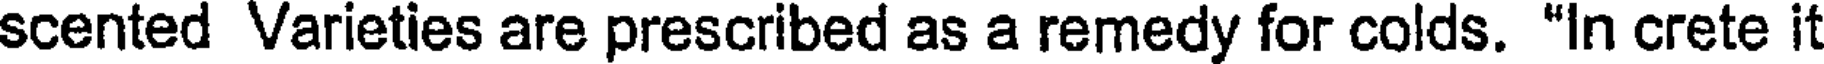
scented Varieties are prescribed as a remedy for colds. "In crete it